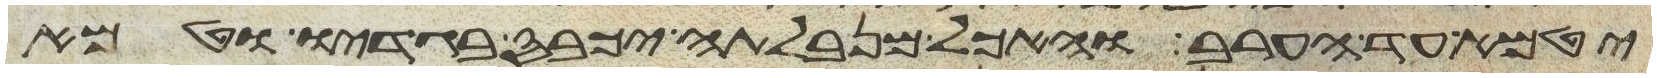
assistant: יטמא עד הערב והאכל מנבלתה יכבס בגדיו וטמא